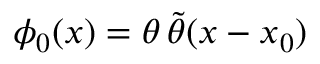
\phi _ { 0 } ( x ) = \theta \, \tilde { \theta } ( x - x _ { 0 } )